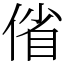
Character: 偗